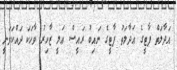
އަދާލަތް ޕާޓީގެ ޢަދާލަތު ޕާޓީގެ ނައިބު ރައީސް ޢަލީ ޒާހިރު ވާހަކަ ދައްކަވަނީ